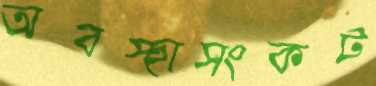
অবস্হাসংকট